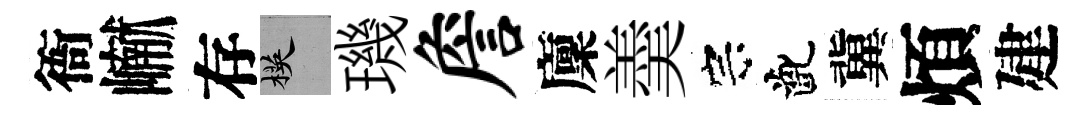
衙𪩘存楧璣詹廩羮宗齔冀煩建